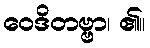
ဝေဒိတဗ္ဗာ၊ ၏။